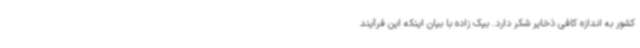
کشور به اندازه کافی ذخایر شکر دارد. بیک زاده با بیان اینکه این فرآیند